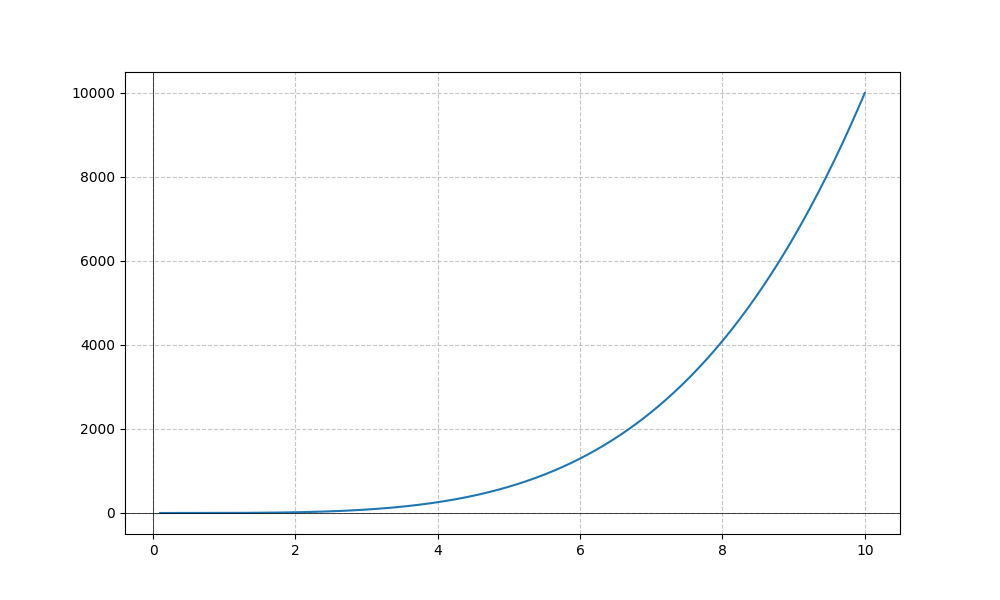
LaTeX formula: x^{4} - \operatorname{acot}{\left(x \right)}